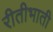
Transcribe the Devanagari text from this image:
रीतीभाती